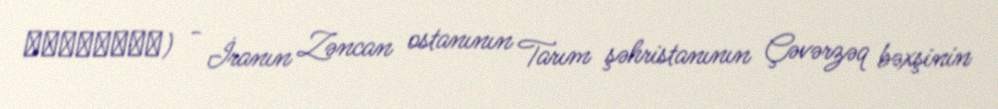
کلج‌آباد) - İranın Zəncan ostanının Tarım şəhristanının Çəvərzəq bəxşinin